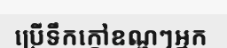
ប្រើទឹកក្តៅឧណ្ហៗអ្នក